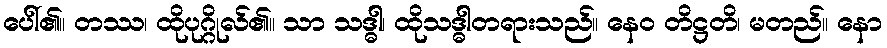
ပေါ်၏။ တဿ၊ ထိုပုဂ္ဂိုလ်၏။ သာ သဒ္ဓါ၊ ထိုသဒ္ဓါတရားသည်။ နေဝ တိဋ္ဌတိ၊ မတည်။ နော